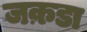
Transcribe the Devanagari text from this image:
जक़डा